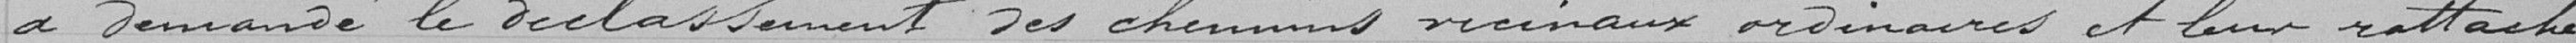
a demandé le déclassement des chemins vicinaux ordinaire et leur rattache-